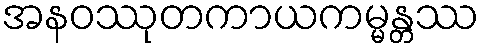
အနဝဿုတကာယကမ္မန္တဿ